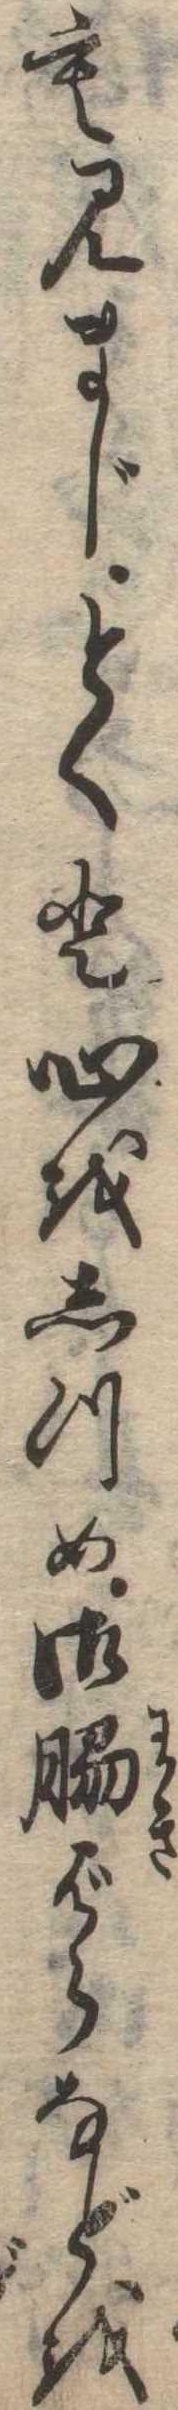
も見まじとくと心をしつめ御脇ばらなどを